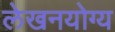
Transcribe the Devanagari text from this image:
लेखनयोग्य